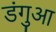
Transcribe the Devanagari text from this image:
डंगुआ